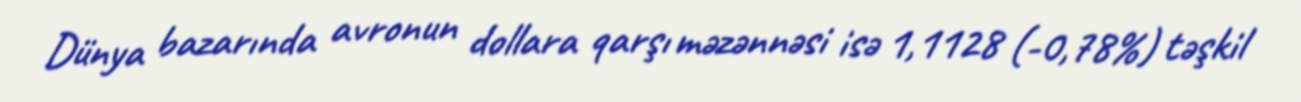
Dünya bazarında avronun dollara qarşı məzənnəsi isə 1,1128 (-0,78%) təşkil